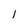
Character: l